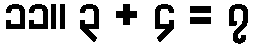
၁၁။ ၃ + ၄ = ၇